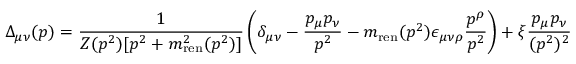
\Delta _ { \mu \nu } ( p ) = { \frac { 1 } { Z ( p ^ { 2 } ) [ p ^ { 2 } + m _ { \mathrm { r e n } } ^ { 2 } ( p ^ { 2 } ) ] } } \left( \delta _ { \mu \nu } - { \frac { p _ { \mu } p _ { \nu } } { p ^ { 2 } } } - m _ { \mathrm { r e n } } ( p ^ { 2 } ) \epsilon _ { \mu \nu \rho } { \frac { p ^ { \rho } } { p ^ { 2 } } } \right) + \xi { \frac { p _ { \mu } p _ { \nu } } { ( p ^ { 2 } ) ^ { 2 } } }